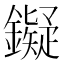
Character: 𬬔